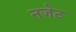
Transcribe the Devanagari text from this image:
नजेट